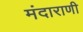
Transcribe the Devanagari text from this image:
मंदाराणी